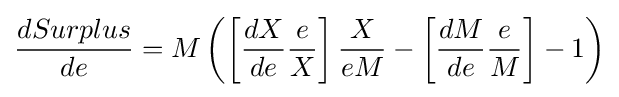
{\frac {dSurplus}{de}}=M\left(\left[{\frac {dX}{de}}{\frac {e}{X}}\right]{\frac {X}{eM}}-\left[{\frac {dM}{de}}{\frac {e}{M}}\right]-1\right)